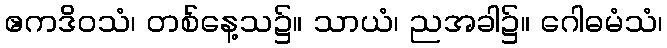
ဧကဒိဝသံ၊ တစ်နေ့သ၌။ သာယံ၊ ညအခါ၌။ ဂေါဓမံသံ၊